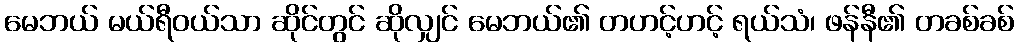
မေဘယ် မယ်ရီဝယ်သာ ဆိုင်တွင် ဆိုလျှင် မေဘယ်၏ တဟင့်ဟင့် ရယ်သံ၊ ဖန်နီ၏ တခစ်ခစ်